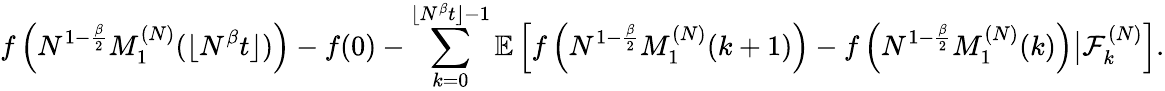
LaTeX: f\left(N^{1-\frac{\beta}{2}}M_{1}^{(N)}(\lfloor N^{\beta}t\rfloor)\right)-f(0)-\sum_{k=0}^{\lfloor N^{\beta}t\rfloor-1}\mathbb{E}\left[f\left(N^{1-\frac{\beta}{2}}M_{1}^{(N)}(k+1)\right)-f\left(N^{1-\frac{\beta}{2}}M_{1}^{(N)}(k)\right)\big|\mathcal{F}_{k}^{(N)}\right].